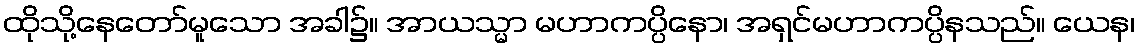
ထိုသို့နေတော်မူသော အခါ၌။ အာယသ္မာ မဟာကပ္ပိနော၊ အရှင်မဟာကပ္ပိနသည်။ ယေန၊